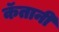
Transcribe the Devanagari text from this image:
कॅतानी